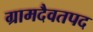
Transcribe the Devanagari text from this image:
ग्रामदैवतपद